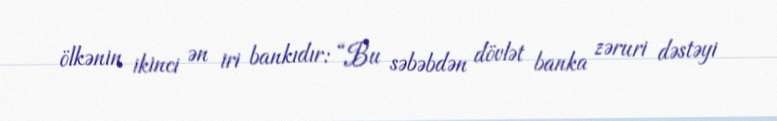
ölkənin ikinci ən iri bankıdır: “Bu səbəbdən dövlət banka zəruri dəstəyi